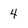
Character: 4